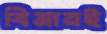
বিমানই